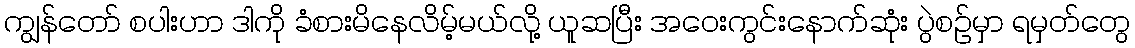
ကျွန်တော် စပါးဟာ ဒါကို ခံစားမိနေလိမ့်မယ်လို့ ယူဆပြီး အဝေးကွင်းနောက်ဆုံး ပွဲစဉ်မှာ ရမှတ်တွေ